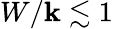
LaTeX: W/\mathbf{k}\lesssim1